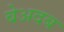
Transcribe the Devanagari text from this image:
बेअदब